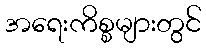
အရေးကိစ္စများတွင်